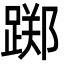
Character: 踯